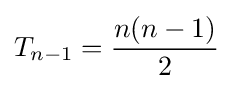
T_{n-1}={\frac {n(n-1)}{2}}